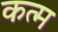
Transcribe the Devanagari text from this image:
कत्म